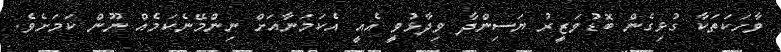
ވާހަކަތަކާ ގުޅިގެން ބޮޑުވަޒީރު ޔަސިންދާ ވިދާޅުވީ އެއީ އެކަމަނާއަށް ނިންމޭނެކަމެއް ނޫން ކަމަށެވެ.